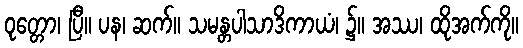
ဝုတ္တော၊ ပြီ။ ပန၊ ဆက်။ သမန္တပါသာဒိကာယံ၊ ၌။ အဿ၊ ထိုအက်ကို။